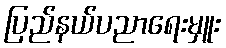
ပြည်နယ်ပညာရေးမှူး